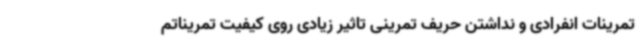
تمرینات انفرادی و نداشتن حریف تمرینی تاثیر زیادی روی کیفیت تمریناتم